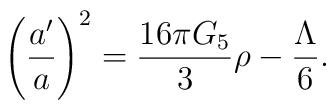
\left({a'\over a}\right)^2 = {16\pi G_5 \over 3} \rho - {\Lambda \over 6}.